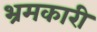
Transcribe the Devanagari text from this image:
भ्रमकारी